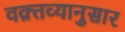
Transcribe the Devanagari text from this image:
वक़्तव्यानुसार